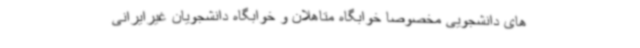
های دانشجویی مخصوصاً خوابگاه متاهلان و خوابگاه دانشجویان غیرایرانی